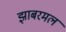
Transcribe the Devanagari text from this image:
झाबरमल